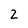
Character: 2